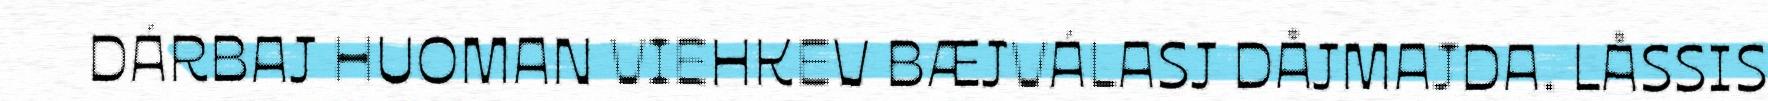
DÁRBAJ HUOMAN VIEHKEV BÆJVÁLASJ DÅJMAJDA. LÅSSIS